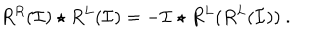
R ^ { R } ( \mathcal { I } ) \star R ^ { L } ( \mathcal { I } ) = - \mathcal { I } \star R ^ { L } ( R ^ { L } ( \mathcal { I } ) ) \ .